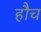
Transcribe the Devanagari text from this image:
हौच